Development of the parasite of Indian kala azar - Number 53
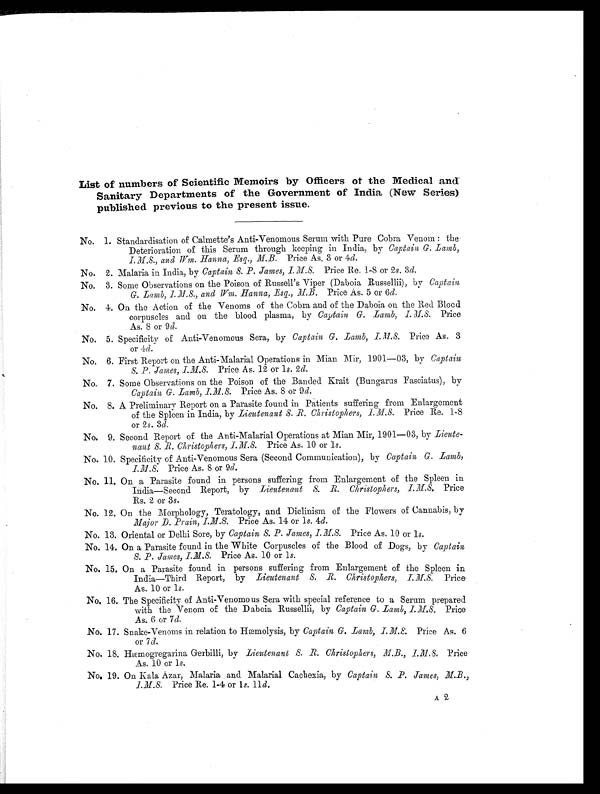
List of numbers of Scientific Memoirs by Officers of the Medical and
Sanitary Departments of the Government of India (New Series)
published previous to the present issue.
No. 1. Standardisation of Calmette's Anti-Venomous Serum with Pure Cobra Venom : the
Deterioration of this Serum through keeping in India, by Captain G. Lamb,
and Wm. Hanna, Esq.,M.B.
Price As. 3 or 4d.
No. 2. Malaria in India, by Captain S. P. James, I.M.S. Price Re. 1-8 or 2s. 3d.
No. 3. Some Observations on the Poison of Russell's Viper (Daboia Russellii), by Captain
G. Lamb, I. M .S., and Wm. Hanna, _Esq., M.B. Price As. 5 or 6d.
No. 4. On the Action of the Venoms of the Cobra and of the Daboia on the Red Bloods
corpuscles and on the blood plasma, by Captain G. Lamb,I.M.S.P r i c e
As. 8 or 9d.
No. 5. Specificity of Anti-Venomous Sera, by Captain G. Lamb,I.M.S.
Price As. 3
or 4d.
No. 6. First Report on the Anti-Malarial Operations in Mian Mir, 1901-03, by Captain
S. P. James,I.M.S.
Price As. 12 or 1s. 2d.
No. 7. Some Observations on the Poison of the Banded Krait (Bungarus Fasciatus), by
Captain G. Lamb, I.M.S. Price As. 8 or 9d.
No. 8. A Preliminary Report on a Parasite found in Patients suffering from Enlargement
of the Spleen in India, by Lieutenant S. R. Christophers, I.M.S. Price Re. 1-8
or 2s. 3d.
No. 9. Second Report of the Anti-Malarial Operations at Mian Mir, 1901-03, by Lieute-
nant S. R. Christophers, I.M.S. Price As. 10 or 1 s.
No. 10. Specificity of Anti-Venomous Sera (Second Communication), by Captain G. Lamb,
I.M.S. Price As. 8 or 9d.
No. 11. On a Parasite found in persons suffering from Enlargement of the Spleen in
India-second Report, by Lieutenant S. R. Christophers, I.M.S. Price
Rs. 2 or 3s.
No. 12. On the Morphology, Teratology, and Diclinism of the Flowers of Cannabis, by
Major D. prain,I.M.S.
Price As. 14 or 1s. 4d.
No. 13. Oriental or Delhi Sore, by Captain, S. P. James, I.M.S. Price As. 10 or 1 s.
No. 14. On a Parasite found in the White Corpuscles of the Blood of Dogs, by Captain
S. P. James, I.M.S. Price As. 10 or 1s.
No. 15. On a Parasite found in persons suffering from Enlargement of the Spleen in
India-Third Report, by Lieutenant S. R. Christophers, I.M.S. Price
As. 10 or 1s.
No. 16. The Specificity of Anti-Venomous Sera with special reference to a Serum prepared
with the Venom of the Daboia Russellii, by Captain G. Lamb, I.M.S. Price
As. 6 or 7d.
No. 17. Snake-Venoms in relation to Hæmolysis, by Captain G. Lamb,
Price As. 6
or 7d.
No. 18. Hæmogregarina Gerbilli, by Lieutenant S. R. Christophers,M.B.,I.M.S. Price
As. 10 or 1s.
No. 19. On Kala Azar, Malaria and Malarial Cachexia, by Captain S. P. James, M.B.,
I.M.S. Price Re. 1-4 or 1S.11d.
A 2